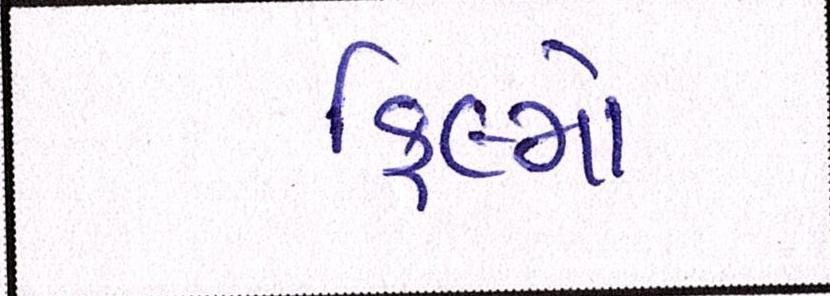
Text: ફિલ્મો